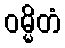
ဝမ္မိတံ